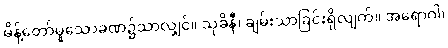
မိန့်တော်မူသောခဏ၌သာလျှင်။ သုခိနီ၊ ချမ်းသာခြင်းရှိလျက်။ အရောဂါ၊